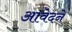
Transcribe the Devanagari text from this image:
आवेदने